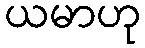
ယမာဟု